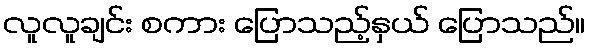
လူလူချင်း စကား ပြောသည့်နှယ် ပြောသည်။